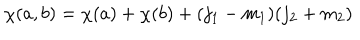
\chi ( a , b ) = \chi ( a ) + \chi ( b ) + ( j _ { 1 } - m _ { 1 } ) ( j _ { 2 } + m _ { 2 } )